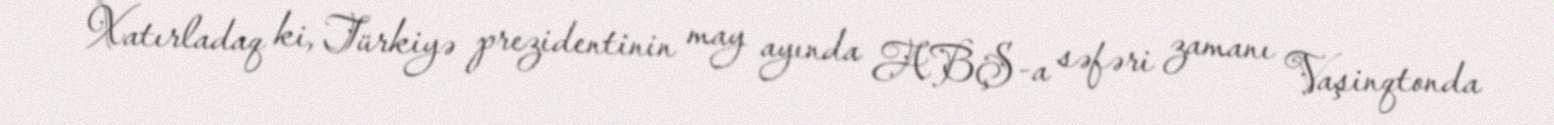
Xatırladaq ki, Türkiyə prezidentinin may ayında ABŞ-a səfəri zamanı Vaşinqtonda